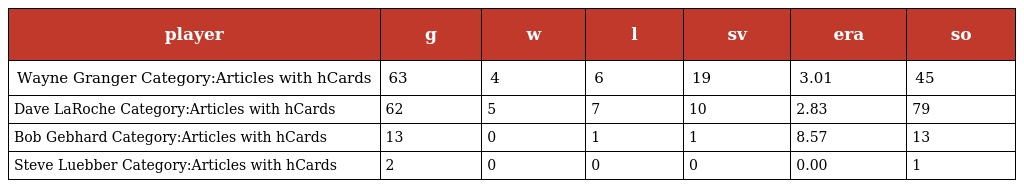
| player | g | w | l | sv | era | so |
 | --- | --- | --- | --- | --- | --- | --- |
 | Wayne Granger Category:Articles with hCards | 63 | 4 | 6 | 19 | 3.01 | 45 |
 | Dave LaRoche Category:Articles with hCards | 62 | 5 | 7 | 10 | 2.83 | 79 |
 | Bob Gebhard Category:Articles with hCards | 13 | 0 | 1 | 1 | 8.57 | 13 |
 | Steve Luebber Category:Articles with hCards | 2 | 0 | 0 | 0 | 0.00 | 1 |